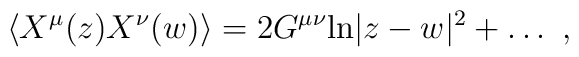
\langle X^\mu(z) X^\nu(w) \rangle = 2G^{\mu\nu}{\rm ln}|z-w|^2 + \dots~,